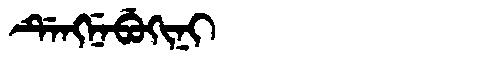
Manchu: ᡩᡝᠩᠨᡝᠪᡠᡴᡳᠨᡳ
Romanization: DENGNEBUKINI